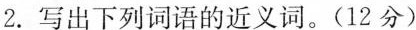
2.写出下列词语的近义词。(12分)